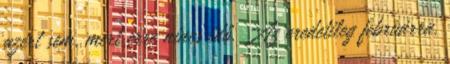
azért sem, mert erre nincs idő. Az eredetileg februárra,